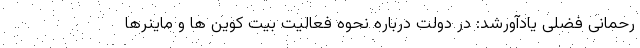
رحمانی فضلی یادآورشد: در دولت درباره نحوه فعالیت بیت کوین ها و ماینرها